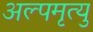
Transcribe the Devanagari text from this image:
अल्पमृत्यु